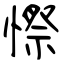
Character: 憏